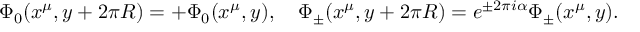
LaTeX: \Phi _ { 0 } ( x ^ { \mu } , y + 2 \pi R ) = + \Phi _ { 0 } ( x ^ { \mu } , y ) , \quad \Phi _ { \pm } ( x ^ { \mu } , y + 2 \pi R ) = e ^ { \pm 2 \pi i \alpha } \Phi _ { \pm } ( x ^ { \mu } , y ) .